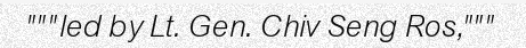
"""led by Lt. Gen. Chiv Seng Ros,"""